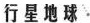
行星地球